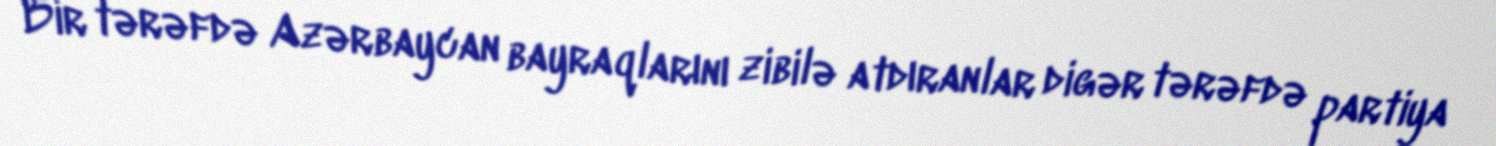
Bir tərəfdə Azərbaycan bayraqlarını zibilə atdıranlar digər tərəfdə partiya